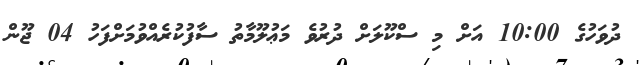
ދުވަހުގެ 10:00 އަށް މި ސްކޫލަށް ދުރުވެ މަޢުލޫމާތު ސާފުކުރެއްވުމަށްފަހު 04 ޖޫން